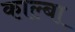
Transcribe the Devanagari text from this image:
काल्बा